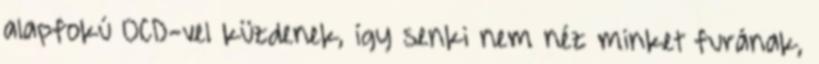
alapfokú OCD-vel küzdenek, így senki nem néz minket furának,